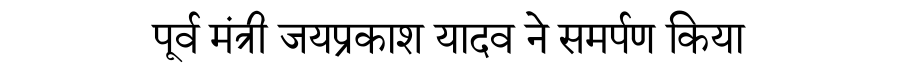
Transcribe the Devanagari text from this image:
पूर्व मंत्री जयप्रकाश यादव ने समर्पण किया